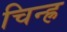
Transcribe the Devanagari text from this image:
चिन्ह्र